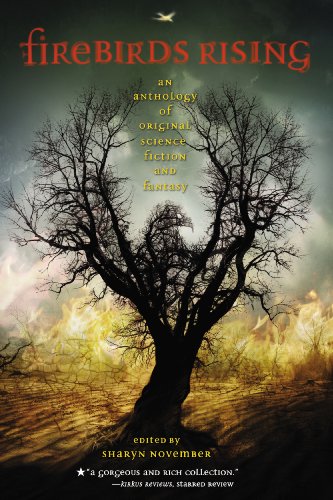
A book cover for Firebirds Rising: An Anthology of Original Science Fiction and Fantasy; Kara Dalkey; Teen & Young Adult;